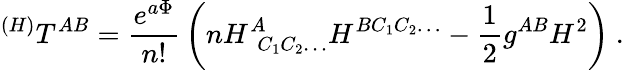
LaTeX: ^{(H)}T^{AB}={\frac{e^{a\Phi}}{n!}}\left(nH_{~~C_{1}C_{2}\ldots}^{A}H^{BC_{1}C_{2}\ldots}-{\frac{1}{2}}g^{AB}H^{2}\right)\ .